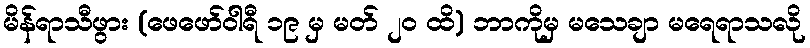
မိန်ရာသီဖွား (ဖေဖော်ဝါရီ ၁၉ မှ မတ် ၂၀ ထိ) ဘာကိုမှ မသေချာ မရေရာသလို